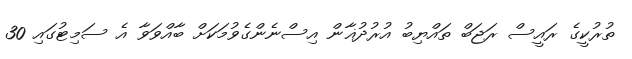
ތުރުކީގެ ރައީސް ރަޖަބް ތައްޔިބު އުރުދުޣާން އިސްނެންގެވުމަކަށް ބާއްވަވާ އެ ސަމިޓުގައި 30